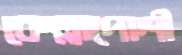
কেল্লাপোশী